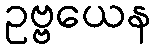
ဥဗ္ဗယေန